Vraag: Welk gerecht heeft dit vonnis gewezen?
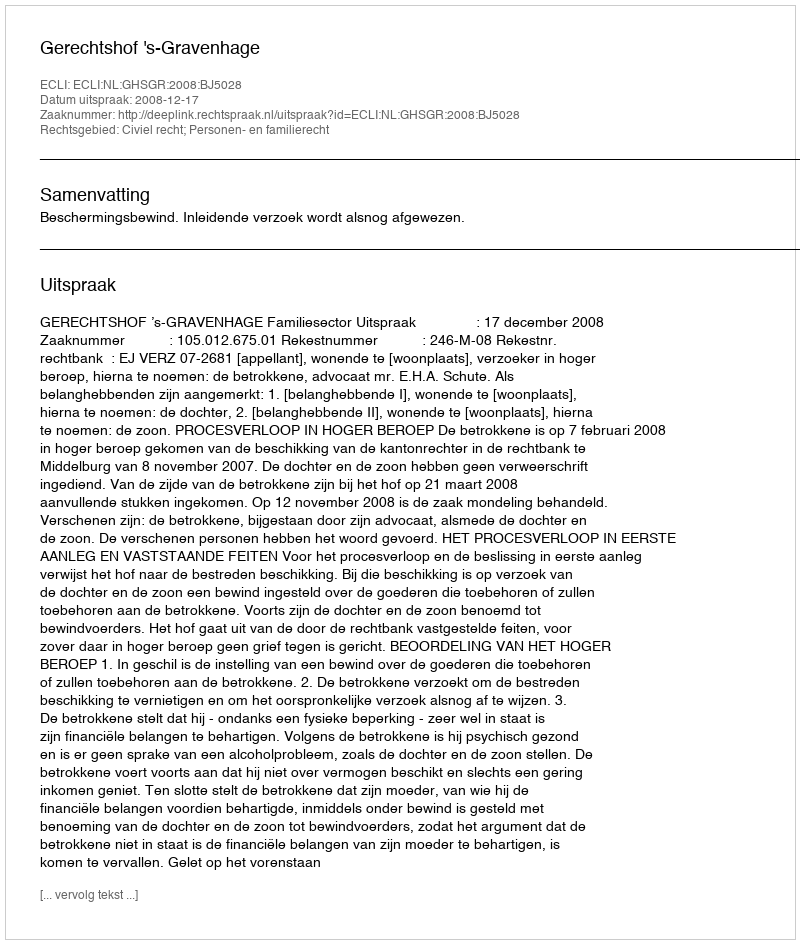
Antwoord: Gerechtshof 's-Gravenhage